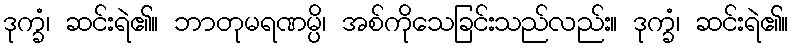
ဒုက္ခံ၊ ဆင်းရဲ၏။ ဘာတုမရဏမ္ပိ၊ အစ်ကိုသေခြင်းသည်လည်း။ ဒုက္ခံ၊ ဆင်းရဲ၏။